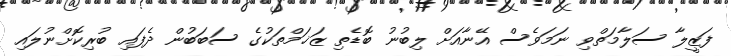
ފަޒީލާ ސަލާމަތްވި ނަމަވެސް އޭނާއަށް ލިބުނު ބޮޑެތި ޒަޚަމްތަކުގެ ސަބަބުން ދެފައި ބުރިކޮށްނުލައި